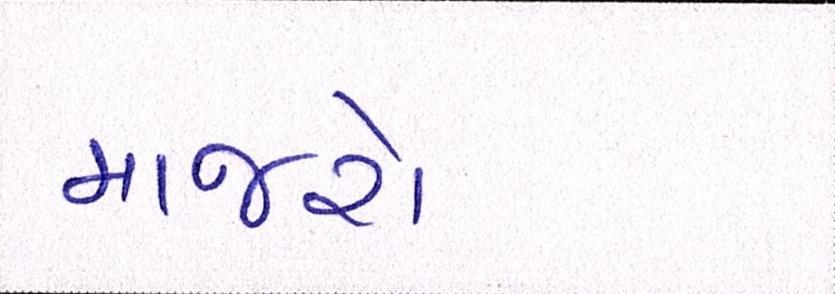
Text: માજરો